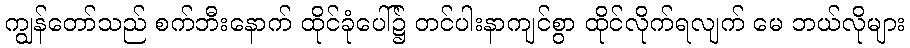
ကျွန်တော်သည် စက်ဘီးနောက် ထိုင်ခုံပေါ်၌ တင်ပါးနာကျင်စွာ ထိုင်လိုက်ရလျက် မေ ဘယ်လိုများ